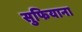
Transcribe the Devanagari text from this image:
सुफियाना